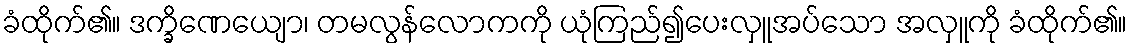
ခံထိုက်၏။ ဒက္ခိဏေယျော၊ တမလွန်လောကကို ယုံကြည်၍ပေးလှူအပ်သော အလှူကို ခံထိုက်၏။